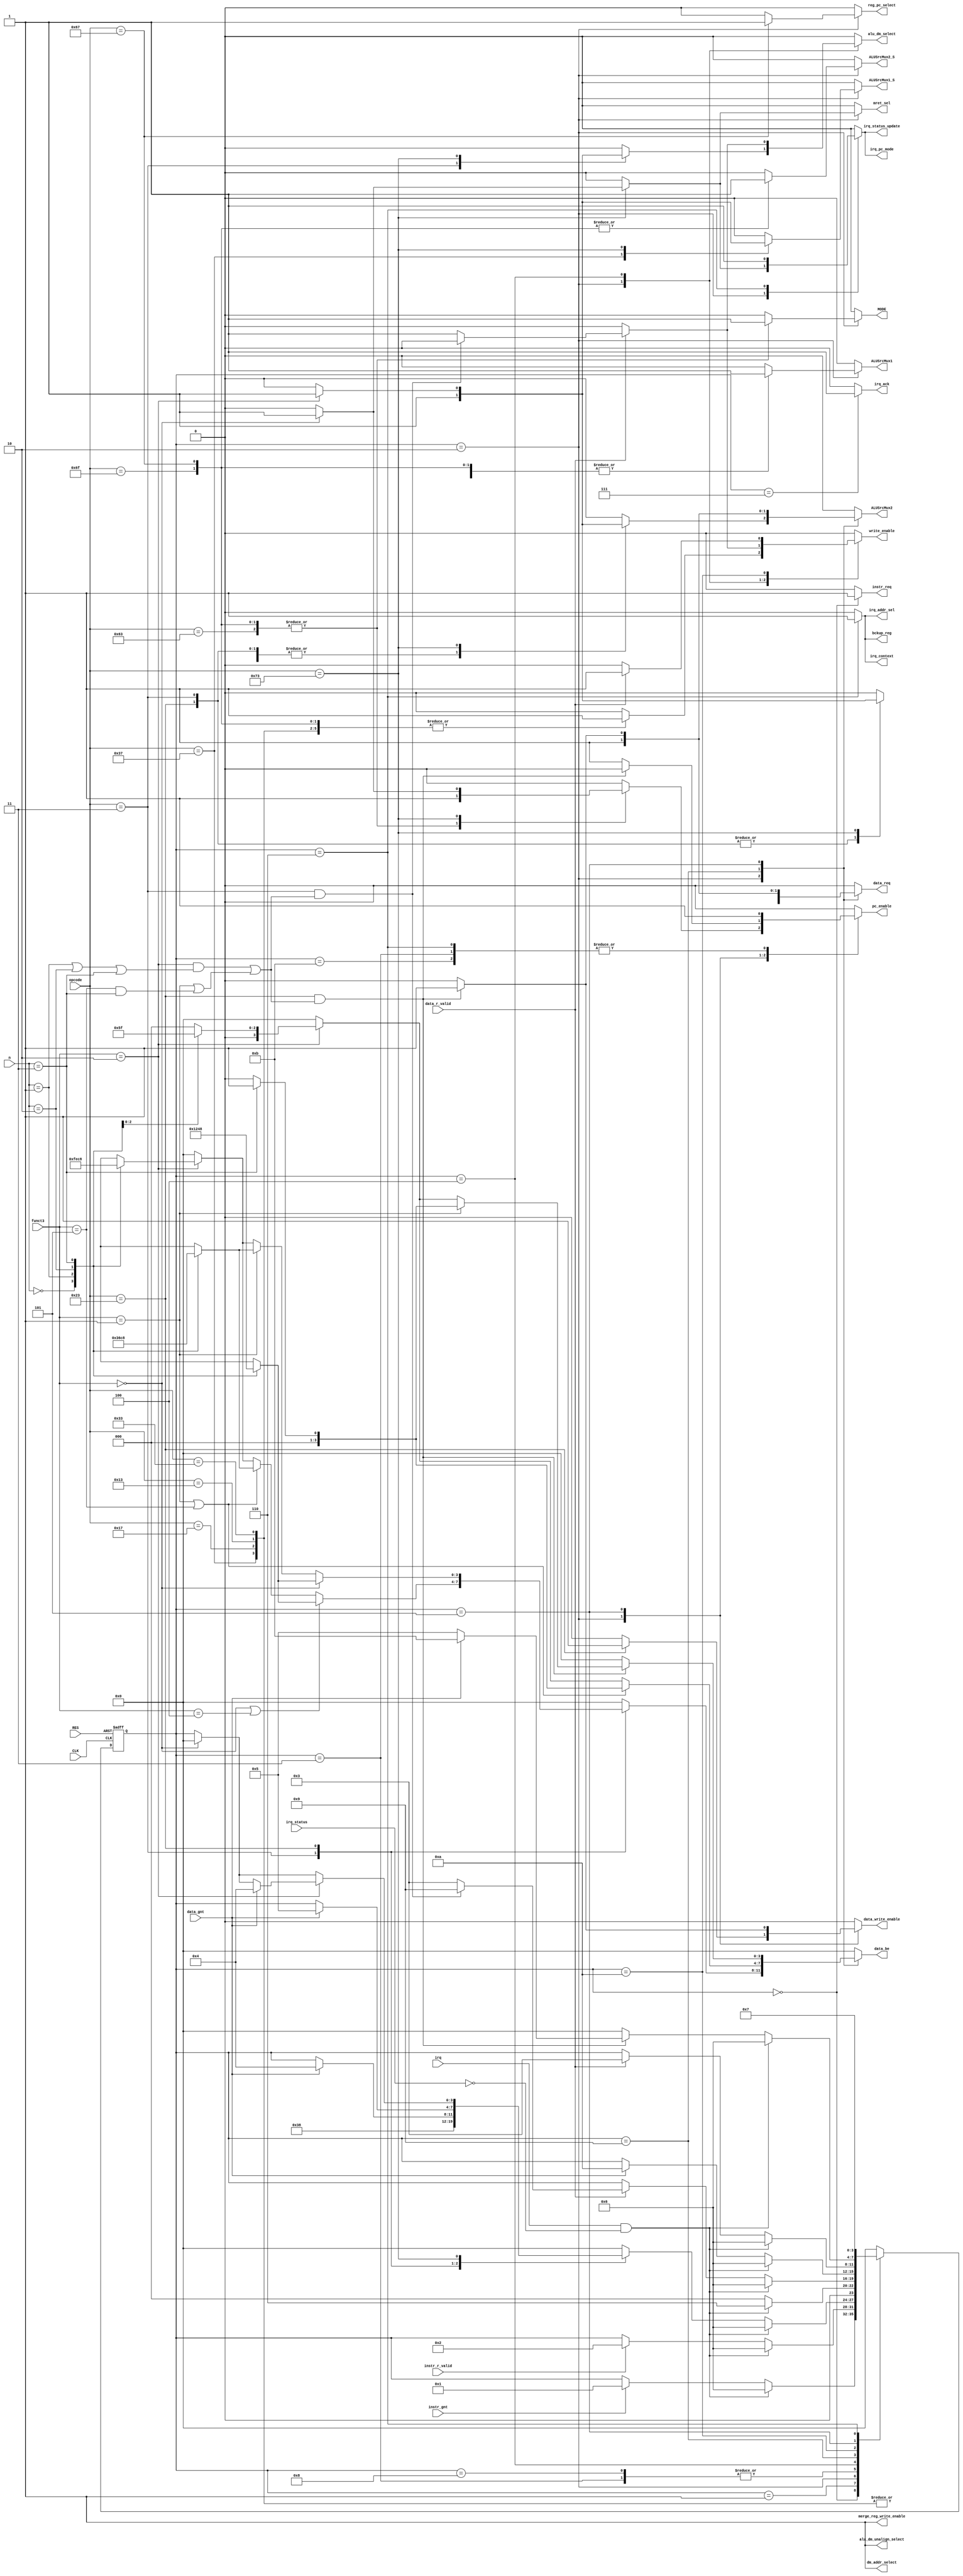
`timescale 1ns / 1ps
//////////////////////////////////////////////////////////////////////////////////
// Company: 
// Engineer: 
// 
// Design Name: 
// Module Name: ctrl
// Project Name: 
// Target Devices: 
// Tool Versions: 
// Description: 
// 
// Dependencies: 
// 
// Revision:
// Revision 0.01 - File Created
// Additional Comments:
// 
//////////////////////////////////////////////////////////////////////////////////


module ctrl(
    //Control Unit Management port
    input wire RES,
    input wire CLK,
    
    //Program Counter
    output reg pc_enable,

    //CPU Instruction input port
    input wire [6 : 0] opcode,
    input wire [2 : 0] funct3,      // needed for csr and unaligned mem access
    
    //Program Counter Control port
    output reg MODE,                // 0-means increment by 4
    
    //Instruction Memory Control port
    //output reg data_write_enable, // 0-means read; 1-means write 
    output reg instr_req,
    input wire instr_gnt,
    input wire instr_r_valid,
    
    //Register set Control port
    output reg write_enable,        // 0-means read; 1-means write
    
    //MUX(ALU) Control port
    output reg ALUSrcMux1,          // 0-means Q0; 1-means Program Counter Value
    output reg ALUSrcMux2,          // 0-means Q1; 1-means Immediate value
    output reg ALUSrcMux1_S,        // 0-means ALUSrcMux1; 1-means constant 0(for NOP Instruction)
    output reg ALUSrcMux2_S,        // 0-means ALUSrcMux2 Output; 1-means Constant 4
    
    //PC ADDER CONTROL
    output reg reg_pc_select,       // 0 means PC value, 1 means Q0 value
    
    //Register Bank Write Control
    output reg alu_dm_select,       // 0 means ALU Output value, 1 means Data Memory value
    
    //Data Memory Control port
    output reg data_write_enable,   // 0-means read; 1-means write 
    output reg data_req,
    input wire data_gnt,
    input wire data_r_valid,
    
    //Interrrupt
    input wire irq,
    input wire irq_status,
    output reg irq_ack,
    output reg irq_status_update,   // Control Interrupt Context and status register enable
    output reg irq_context,         // 0 - means interrupt not running, 1 - means interrupt running
    output reg irq_addr_sel,        // 0 - pc = Branch address, 1 - pc = Interrupt vector address
    output reg bckup_reg,           // 0 - Not change Instruction_Backup_Reg, 1 - Instruction_Backup_Reg = PC
    output reg mret_sel,            // 0 - pc = Branch address or Interrupt vector address, 1 - pc = Instruction_Backup_Reg
    output reg irq_pc_mode,         // 1 means Load PC = pc data = Backup register
    
    //Unaligned Memory Access
    input wire [1 : 0] n,           // offset
    output reg [3 : 0] data_be,
    output reg merge_reg_write_enable,      //0 - means disable register, 1 - means enable register
    output reg dm_addr_select,              //0 - address for alu, 1 - means a0+4
    output reg alu_dm_unalign_select        //0 - alu or data memory output, 1 - means merged data
);

    localparam [3:0]
        Ready = 4'b0000,
        instruction_fetch = 4'b0001,
        process_instruction = 4'b0010,
        wait_for_regset_write = 4'b0011,
        wait_for_data_read = 4'b0100,
        wait_for_data_write = 4'b0101,
        process_interrupt = 4'b0110,
        send_interrupt_acknowledge = 4'b0111,
        wait_for_regset_write_JI = 4'b1000,
        mem_second_read = 4'b1001,
        wait_for_second_mem_read = 4'b1010,
        mem_second_write = 4'b1011;
    
    reg [3:0] stateMoore_reg, stateMoore_next;

    always @(posedge CLK, posedge RES)
    begin
        if(RES == 1'b1)            // reset
        begin
            stateMoore_reg <= Ready;
        end
        else
        begin
            stateMoore_reg <= stateMoore_next;
        end
    end
    
    always @(stateMoore_reg, instr_gnt, instr_r_valid, opcode, data_gnt, data_r_valid, irq, irq_status, funct3, n)
    begin
        // store current state as next, required: when no case statement is satisfied
        stateMoore_next = stateMoore_reg;
        
        //Default Signals
        pc_enable = 1'b0;
        MODE = 1'b0;                        // Program counter increment by 4
        
        instr_req = 1'b0;
        ALUSrcMux1 = 1'b0;
        ALUSrcMux1_S = 1'b0;    // A = ALUSrcMux1 Value
        ALUSrcMux2 = 1'b0;
        ALUSrcMux2_S = 1'b0;
        reg_pc_select = 1'b0;
        alu_dm_select = 1'b0;
        write_enable = 1'b0;
        
        //Data Memory
        data_write_enable = 1'b0;         // Default state is read
        data_req = 1'b0;
        
        //Interrupt
        irq_status_update = 1'b0;
        irq_context = 1'b0;
        irq_ack = 1'b0;
        irq_addr_sel = 1'b0;
        bckup_reg = 1'b0;
        mret_sel = 1'b0;
        irq_pc_mode = 1'b0;
        
        //Unaligned Memory Access
        data_be = 4'b0000;
        merge_reg_write_enable = 1'b1;
        dm_addr_select = 1'b1;
        alu_dm_unalign_select = 1'b1;
        
        casez(stateMoore_reg)
            Ready:
            begin
                instr_req = 1'b1;
                if(instr_gnt == 1'b1)
                begin
                    stateMoore_next = instruction_fetch;
                end
                
                //Interrrupt Section:
                if((irq == 1'b1) && (irq_status == 0))
                begin
                    stateMoore_next = process_interrupt;
                end
            end
            
            instruction_fetch:
            begin
                //instr_req = 1'b1; // FIXME
                if(instr_r_valid == 1'b1)
                begin
                    stateMoore_next = process_instruction;
                end
                
                //Interrrupt Section:
                if((irq == 1'b1) && (irq_status == 0))
                begin
                    stateMoore_next = process_interrupt;
                end
            end
                    
            process_instruction:
            begin
                    casez(opcode)
                    
                        7'b0110111:     //LUI
                        begin
                            ALUSrcMux1 = 1'b0;      // A = don't care
                            ALUSrcMux2 = 1'b1;      // B = Immediate value
                            ALUSrcMux1_S = 1'b1;    // A = 0
                            write_enable = 1'b1;
                            stateMoore_next = wait_for_regset_write;
                        end
                        
                        7'b0010111:     //AUIPC
                        begin
                            ALUSrcMux1 = 1'b1;      // A = Program Counter Value
                            ALUSrcMux2 = 1'b1;      // B = Immediate value
                            write_enable = 1'b1;
                            stateMoore_next = wait_for_regset_write;
                        end
                        
                        7'b0010011:     //I-type Instruction
                        begin
                            ALUSrcMux1 = 1'b0;      // A = Q0
                            ALUSrcMux2 = 1'b1;      // B = Immediate value
                            write_enable = 1'b1;
                            stateMoore_next = wait_for_regset_write;
                        end
                        
                        7'b0110011:     //R-type Instruction
                        begin
                            ALUSrcMux1 = 1'b0;      // A = Q0
                            ALUSrcMux2 = 1'b0;      // B = Q1
                            write_enable = 1'b1;
                            stateMoore_next = wait_for_regset_write;
                        end
                        
                        7'b1101111:     //JAL Instruction
                        begin
                            ALUSrcMux1 = 1'b1;      // A = PC Value
                            ALUSrcMux2 = 1'b0;      // Don't Care
                            ALUSrcMux2_S = 1'b1;    // B = Constant 4
                            write_enable = 1'b1;
                            reg_pc_select = 1'b0;
                              
                            MODE = 1'b1;
                            pc_enable = 1'b1;
                            stateMoore_next = wait_for_regset_write_JI;
                        end
                        
                        7'b1100111:     //JALR Instruction
                        begin
                            ALUSrcMux1 = 1'b1;      // A = PC Value
                            ALUSrcMux2 = 1'b0;      // Don't Care
                            ALUSrcMux2_S = 1'b1;    // B = Constant 4
                            write_enable = 1'b1;
                            reg_pc_select = 1'b1; 
                            
                            MODE = 1'b1;
                            pc_enable = 1'b1;
                            stateMoore_next = wait_for_regset_write_JI;
                        end
                        
                        7'b1100011:     //Branch Instruction
                        begin
                            ALUSrcMux1 = 1'b0;      // A = Q0 Value
                            ALUSrcMux2 = 1'b0;      // Select Q1 Value
                            ALUSrcMux2_S = 1'b0;    // B = Q1 Value
                            write_enable = 1'b0;
                            reg_pc_select = 1'b0;
                            
                            pc_enable = 1'b1;
                            MODE = 1'b1;
                            stateMoore_next = Ready;
                        end
                        
                        7'b0000011:     //Load Instruction     
                        begin
                            //These signals common to Load word, half word and byte
                            ALUSrcMux1 = 1'b0;      // A = Q0 Value
                            ALUSrcMux2 = 1'b1;      // Select Immediate Value
                            ALUSrcMux2_S = 1'b0;    // B = ALUSrcMux2 Value
                            write_enable = 1'b0;
                            reg_pc_select = 1'b0;
                            alu_dm_select = 1'b1;
                            MODE = 1'b0;
                            data_write_enable = 1'b0;
                            data_req = 1'b1;        // Send Read request
                            
                            //LW - Load Word Instruction
                            if(funct3 == 3'b010)
                            begin
                                casez (n)
                                    2'b00:
                                    begin
                                        data_be = 4'b1111;
                                    end
                                    2'b01:
                                    begin
                                        data_be = 4'b1110;
                                    end
                                    2'b10:
                                    begin
                                        data_be = 4'b1100;
                                    end
                                    2'b11:
                                    begin
                                        data_be = 4'b1000;
                                    end
                                    default:
                                    begin
                                        data_be = 4'b0000;
                                    end
                                endcase
                            end
                            
                            //LH - Load Half Word(16 Bits) Instruction Signed and Unsigned
                            if((funct3 == 3'b001) || (funct3 == 3'b101))
                            begin
                                casez (n)
                                    2'b00:
                                    begin
                                        data_be = 4'b0011;
                                    end
                                    2'b01:
                                    begin
                                        data_be = 4'b0110;
                                    end
                                    2'b10:
                                    begin
                                        data_be = 4'b1100;
                                    end
                                    2'b11:
                                    begin
                                        data_be = 4'b1000;
                                    end
                                    default:
                                    begin
                                        data_be = 4'b0000;
                                    end
                                endcase
                            end
                            
                            //LB - Load Byte(8 Bits) Instruction Signed and Unsigned
                            if((funct3 == 3'b000) || (funct3 == 3'b100))
                            begin
                                casez (n)
                                    2'b00:
                                    begin
                                        data_be = 4'b0001;
                                    end
                                    2'b01:
                                    begin
                                        data_be = 4'b0010;
                                    end
                                    2'b10:
                                    begin
                                        data_be = 4'b0100;
                                    end
                                    2'b11:
                                    begin
                                        data_be = 4'b1000;
                                    end
                                    default:
                                    begin
                                        data_be = 4'b0000;
                                    end
                                endcase
                            end
                            
                            if(data_gnt == 1'b1)
                            begin
                                stateMoore_next = wait_for_data_read;
                            end
                        end
                        
                        7'b0100011:     //SW Instruction
                        begin
                            ALUSrcMux1 = 1'b0;      // A = Q0 Value
                            ALUSrcMux2 = 1'b1;      // Select Immediate Value
                            ALUSrcMux2_S = 1'b0;    // B = ALUSrcMux2 Value
                            write_enable = 1'b0;
                            reg_pc_select = 1'b0;
                            alu_dm_select = 1'b0;
                            MODE = 1'b0;
                            data_write_enable = 1'b1;
                            data_req = 1'b1;        // Send Write request
                            instr_req = 1'b0;
                            
                            //SW - Store Word Instruction
                            if(funct3 == 3'b010)
                            begin
                                casez (n)
                                    2'b00:
                                    begin
                                        data_be = 4'b1111;
                                    end
                                    2'b01:
                                    begin
                                        data_be = 4'b1110;
                                    end
                                    2'b10:
                                    begin
                                        data_be = 4'b1100;
                                    end
                                    2'b11:
                                    begin
                                        data_be = 4'b1000;
                                    end
                                    default:
                                    begin
                                        data_be = 4'b0000;
                                    end
                                endcase
                            end
                            
                            //SH - Store Half Word(16 Bits) Instruction
                            if(funct3 == 3'b001)
                            begin
                                casez (n)
                                    2'b00:
                                    begin
                                        data_be = 4'b0011;
                                    end
                                    2'b01:
                                    begin
                                        data_be = 4'b0110;
                                    end
                                    2'b10:
                                    begin
                                        data_be = 4'b1100;
                                    end
                                    2'b11:
                                    begin
                                        data_be = 4'b1000;
                                    end
                                    default:
                                    begin
                                        data_be = 4'b0000;
                                    end
                                endcase
                            end
                            
                            //SB - Store Byte(8 Bits) Instruction
                            if(funct3 == 3'b000)
                            begin
                                casez (n)
                                    2'b00:
                                    begin
                                        data_be = 4'b0001;
                                    end
                                    2'b01:
                                    begin
                                        data_be = 4'b0010;
                                    end
                                    2'b10:
                                    begin
                                        data_be = 4'b0100;
                                    end
                                    2'b11:
                                    begin
                                        data_be = 4'b1000;
                                    end
                                    default:
                                    begin
                                        data_be = 4'b0000;
                                    end
                                endcase
                            end
                            if(data_gnt == 1'b1)
                            begin
                                stateMoore_next = wait_for_data_write;
                            end
                        end
                        
                        7'b1110011:
                        begin
                            if (funct3 == 3'b000)   // MRET Interrupt
                            begin
                                pc_enable = 1'b1;
                                stateMoore_next = Ready;
                                ALUSrcMux1 = 1'b0;
                                ALUSrcMux2 = 1'b0;
                                ALUSrcMux1_S = 1'b0;    // A = ALUSrcMux1 Value
                                ALUSrcMux2_S = 1'b0;
                                reg_pc_select = 1'b0;
                                alu_dm_select = 1'b0;
                                write_enable = 1'b0;
                                //Interrupt
                                irq_status_update = 1'b1;
                                irq_context = 1'b0;     // ISR is Over
                                irq_pc_mode = 1'b1;     // Load PC = Backup register
                                irq_addr_sel = 1'b0;
                                bckup_reg = 1'b0;
                                mret_sel = 1'b1;
                            end
                            
                            if (funct3 == 3'b010)   // CSR Instruction
                            begin
                                ALUSrcMux1 = 1'b0;      // don't care
                                ALUSrcMux1_S = 1'b1;    // A = 0
                                ALUSrcMux2 = 1'b1;      // Select Immediate Value
                                ALUSrcMux2_S = 1'b0;    // B = ALUSrcMux2 Value
                                
                                write_enable = 1'b0;
                                reg_pc_select = 1'b0;
                                alu_dm_select = 1'b1;
                                MODE = 1'b0;
                                data_write_enable = 1'b0;
                                data_req = 1'b1;        // Send Read request
                                if(data_gnt == 1'b1)
                                begin
                                    stateMoore_next = wait_for_data_read;
                                end
                            end
                        end
                        
                        default:
                        begin
                            stateMoore_next = Ready;
                            pc_enable = 1'b0;
                            ALUSrcMux1 = 1'b0;
                            ALUSrcMux2 = 1'b0;
                            ALUSrcMux1_S = 1'b0;    // A = ALUSrcMux1 Value
                            ALUSrcMux2_S = 1'b0;
                            reg_pc_select = 1'b0;
                            alu_dm_select = 1'b0;
                            write_enable = 1'b0;
                            //Interrupt
                            irq_status_update = 1'b0;
                            irq_context = 1'b0;
                            irq_ack = 1'b0;
                            irq_addr_sel = 1'b0;
                            bckup_reg = 1'b0;
                            mret_sel = 1'b0;
                            irq_pc_mode = 1'b0;
                        end
                    endcase
                
                //Interrrupt Section:
                if((irq == 1'b1) && (irq_status == 0))
                begin
                    stateMoore_next = process_interrupt;
                end
            end
            
            wait_for_regset_write:
            begin
                stateMoore_next = Ready;
                pc_enable = 1'b1;
                
                //Interrrupt Section:
                if((irq == 1'b1) && (irq_status == 0))
                begin
                    stateMoore_next = process_interrupt;
                end
            end
            
            wait_for_regset_write_JI: //Jump Instruction - reg write case 
            begin
                stateMoore_next = Ready;
                
                //Interrrupt Section:
                if((irq == 1'b1) && (irq_status == 0))
                begin
                    stateMoore_next = process_interrupt;
                end
            end
            
            wait_for_data_read:
            begin
                data_req = 1'b0;
                merge_reg_write_enable = 1'b1;
                if(data_r_valid == 1'b1)
                begin
                    write_enable = 1'b1;
                    alu_dm_select = 1'b1;   // Data memory output
                    stateMoore_next = wait_for_regset_write;
                    
                    //Unaligned Memory Access
                    if( ( opcode == 7'b0000011 ) && 
                        ( ((funct3 == 3'b010) && ((n == 2'b01) || (n == 2'b10) || (n == 2'b11))) ||
                          ((funct3 == 3'b001) || (funct3 == 3'b101) && (n == 2'b11)) )
                        )
                    begin
                        write_enable = 1'b0;    // Don't care
                        alu_dm_select = 1'b0;   // Don't care
                        stateMoore_next = mem_second_read;
                    end
                end
                
                //Interrrupt Section:
                if((irq == 1'b1) && (irq_status == 0))
                begin
                    stateMoore_next = process_interrupt;
                end
            end
            
            mem_second_read:
            begin
                dm_addr_select = 1'b1;  // data_mem_addr = a0+4
                
                ALUSrcMux1 = 1'b0;      // A = Q0 Value
                ALUSrcMux2 = 1'b1;      // Select Immediate Value
                ALUSrcMux2_S = 1'b0;    // B = ALUSrcMux2 Value
                data_req = 1'b1;        // Send Read request
                //LW - Load Word Instruction
                if(funct3 == 3'b010)
                begin
                    casez (n)
                        2'b01:
                        begin
                            data_be = 4'b0001;
                        end
                        2'b10:
                        begin
                            data_be = 4'b0011;
                        end
                        2'b11:
                        begin
                            data_be = 4'b0111;
                        end
                        default:
                        begin
                            data_be = 4'b0000;
                        end
                    endcase
                end
                //LH - Load Half Word(16 Bits) Instruction
                if((funct3 == 3'b001) || (funct3 == 3'b101))
                begin
                    casez (n)
                        2'b11:
                        begin
                            data_be = 4'b0001;
                        end
                        default:
                        begin
                            data_be = 4'b0000;
                        end
                    endcase
                end
                if(data_gnt == 1'b1)
                begin
                    stateMoore_next = wait_for_second_mem_read;
                end
                
                
                //Interrrupt Section:
                if((irq == 1'b1) && (irq_status == 0))
                begin
                    stateMoore_next = process_interrupt;
                end
            end
            
            wait_for_second_mem_read:
            begin
                data_req = 1'b0;
                if(data_r_valid == 1'b1)
                begin
                    alu_dm_unalign_select = 1'b1;   // select merged data
                    write_enable = 1'b1;
                    stateMoore_next = wait_for_regset_write;
                end
                
                //Interrrupt Section:
                if((irq == 1'b1) && (irq_status == 0))
                begin
                    stateMoore_next = process_interrupt;
                end
            end
            
            wait_for_data_write:
            begin
                data_req = 1'b0;
                pc_enable = 1'b1;
                stateMoore_next = Ready;
                
                //Unaligned Memory Access
                if( ( opcode == 7'b0100011 ) && 
                    ( ((funct3 == 3'b010) && ((n == 2'b01) || (n == 2'b10) || (n == 2'b11))) ||
                      ((funct3 == 3'b001) || (funct3 == 3'b101) && (n == 2'b11)) )
                    )
                begin
                    pc_enable = 1'b0;       // Hold PC to do second write
                    
                    dm_addr_select = 1'b1;  // data_mem_addr = a0+4
                    ALUSrcMux1 = 1'b0;      // A = Q0 Value
                    ALUSrcMux2 = 1'b1;      // Select Immediate Value
                    ALUSrcMux2_S = 1'b0;    // B = ALUSrcMux2 Value
                    data_write_enable = 1'b1;
                    data_req = 1'b1;        // Send Write request
                    //SW - Store Word Instruction
                    if(funct3 == 3'b010)
                    begin
                        casez (n)
                            2'b01:
                            begin
                                data_be = 4'b0001;
                            end
                            2'b10:
                            begin
                                data_be = 4'b0011;
                            end
                            2'b11:
                            begin
                                data_be = 4'b0111;
                            end
                            default:
                            begin
                                data_be = 4'b0000;
                            end
                        endcase
                    end
                    //SH - Store Half Word(16 Bits) Instruction
                    if(funct3 == 3'b001)
                    begin
                        casez (n)
                            2'b11:
                            begin
                                data_be = 4'b0001;
                            end
                            default:
                            begin
                                data_be = 4'b0000;
                            end
                        endcase
                    end
                    if(data_gnt == 1'b1)
                        stateMoore_next = mem_second_write;
                    else
                        stateMoore_next = wait_for_data_write;
                end
                
                //Interrrupt Section:
                if((irq == 1'b1) && (irq_status == 0))
                begin
                    stateMoore_next = process_interrupt;
                end
            end
            
            mem_second_write:
            begin
                data_req = 1'b0;
                pc_enable = 1'b1;
                stateMoore_next = Ready;
            end
            
            process_interrupt:
            begin
                pc_enable = 1'b1;
                irq_pc_mode = 1'b1;
                bckup_reg = 1'b1;
                irq_addr_sel = 1'b1;
                
                irq_status_update = 1'b1;
                irq_context = 1'b1;
                stateMoore_next = send_interrupt_acknowledge;                
            end
            
            send_interrupt_acknowledge:
            begin
                irq_ack = 1'b1;
                stateMoore_next = Ready;
            end
            
            default:
            begin
                stateMoore_next = Ready;
                pc_enable = 1'b0;
                ALUSrcMux1 = 1'b0;
                ALUSrcMux2 = 1'b0;
                ALUSrcMux1_S = 1'b0;    // A = ALUSrcMux1 Value
                ALUSrcMux2_S = 1'b0;
                reg_pc_select = 1'b0;
                alu_dm_select = 1'b0;
                write_enable = 1'b0;
                //Interrupt
                irq_status_update = 1'b0;
                irq_context = 1'b0;
                irq_ack = 1'b0;
                irq_addr_sel = 1'b0;
                bckup_reg = 1'b0;
                mret_sel = 1'b0;
                irq_pc_mode = 1'b0;
            end
        endcase
    end
    
endmodule